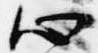
心